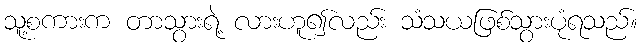
သူ့စကားက တာသွားရဲ့ လားဟူ၍လည်း သံသယဖြစ်သွားပုံရသည်။